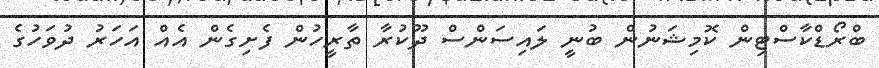
ބްރޯޑްކާސްޓިން ކޮމިޝަނުން ބުނީ ލައިސަންސް ދޫކުރާ ތާރީހުން ފެށިގެން އެއް އަހަރު ދުވަހުގެ